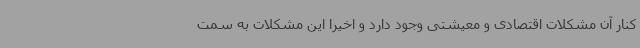
کنار آن مشکلات اقتصادی و معیشتی وجود دارد و اخیرا این مشکلات به سمت